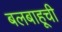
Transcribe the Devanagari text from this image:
बलबाहूची